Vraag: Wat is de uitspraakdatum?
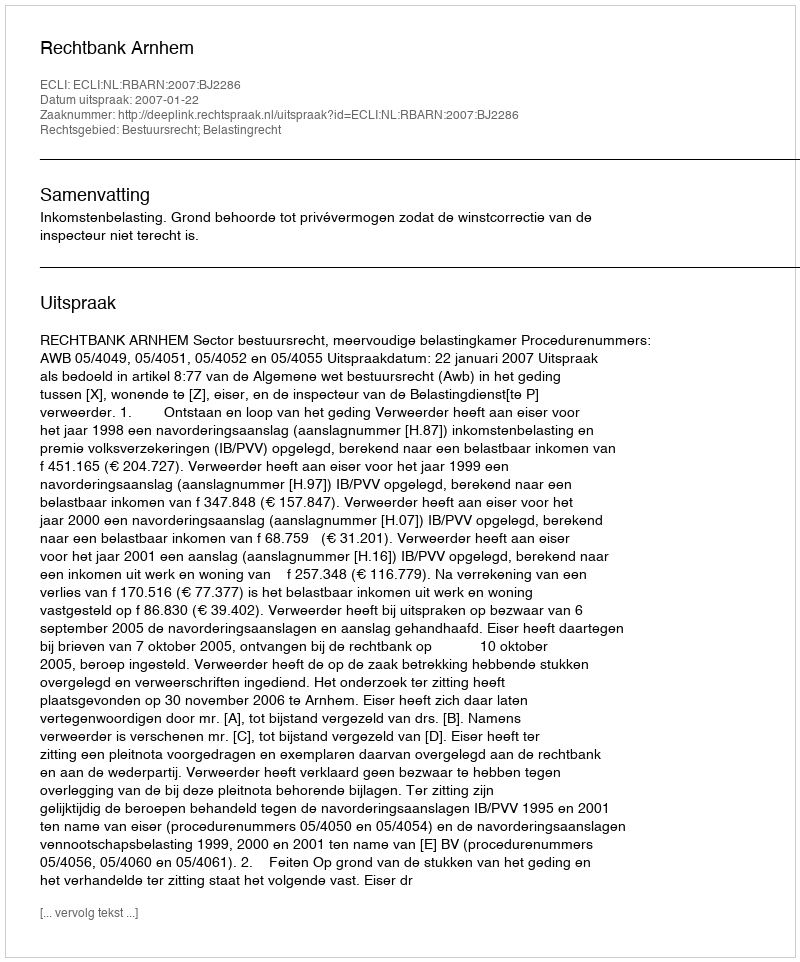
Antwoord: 2007-01-22